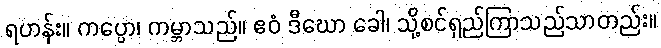
ရဟန်း။ ကပ္ပော၊ ကမ္ဘာသည်။ ဧဝံ ဒီဃော ခေါ၊ သို့စင်ရှည်ကြာသည်သာတည်း။